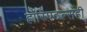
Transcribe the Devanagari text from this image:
हॉस्पिटल्सही